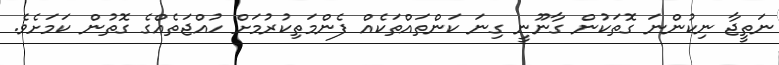
ނަތީޖާ ނިކުންނަ ގޮތަކުން ގާނޫނީ ގިނަ ކަންތައްތަކެއް ފެންމަތިކުރުމަށް ހުއްޖަތެއްގެ ގޮތުން ކަމަށެވެ.